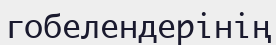
гобелендерінің